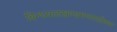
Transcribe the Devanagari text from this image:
विन्ध्यलखण्डमण्लाहीश्वर